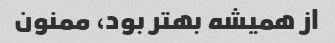
از همیشه بهتر بود، ممنون